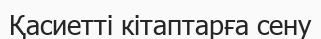
Қасиетті кітаптарға сену